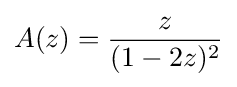
A(z)={\frac {z}{(1-2z)^{2}}}